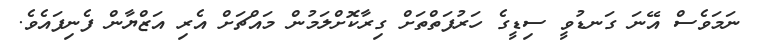
ނަމަވެސް އޭނަ ގަނޑުވީ ސިޑީގެ ހަރުފަތްތަށް ގިރާކޮށްލަމުން މައްޗަށް އެރި އަޒްޔާން ފެނިފައެވެ.